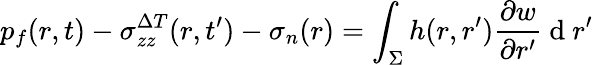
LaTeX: p_{f}(r,t)-\sigma_{zz}^{\Delta T}(r,t^{\prime})-\sigma_{n}(r)=\int_{\Sigma}h(r,r^{\prime})\frac{\partial w}{\partial r^{\prime}}\mathrm{~d~}r^{\prime}